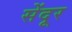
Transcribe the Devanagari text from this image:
सेंदूर